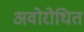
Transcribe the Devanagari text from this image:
अवोरोधित